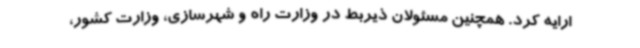
ارایه کرد. همچنین مسئولان ذیربط در وزارت راه و شهرسازی، وزارت کشور،